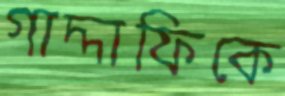
গাদ্দাফিকে